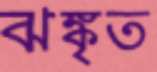
ঝঙ্কৃত